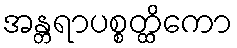
အန္တရာပစ္စတ္ထိကော